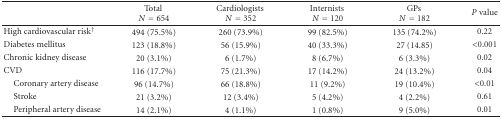
|  | Total N = 654 | Cardiologists N = 352 | Internists N = 120 | GPs N = 182 | P value |
 | --- | --- | --- | --- | --- | --- |
 | High cardiovascular risk† | 494 (75.5%) | 260 (73.9%) | 99 (82.5%) | 135 (74.2%) | 0.22 |
 | Diabetes mellitus | 123 (18.8%) | 56 (15.9%) | 40 (33.3%) | 27 (14.85) | <0.001 |
 | Chronic kidney disease | 20 (3.1%) | 6 (1.7%) | 8 (6.7%) | 6 (3.3%) | 0.02 |
 | CVD | 116 (17.7%) | 75 (21.3%) | 17 (14.2%) | 24 (13.2%) | 0.04 |
 | Coronary artery disease | 96 (14.7%) | 66 (18.8%) | 11 (9.2%) | 19 (10.4%) | <0.01 |
 | Stroke | 21 (3.2%) | 12 (3.4%) | 5 (4.2%) | 4 (2.2%) | 0.61 |
 | Peripheral artery disease | 14 (2.1%) | 4 (1.1%) | 1 (0.8%) | 9 (5.0%) | 0.01 |